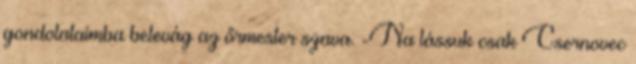
gondolataimba belevág az őrmester szava. -Na lássuk csak Csernovec